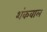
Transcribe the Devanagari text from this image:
शंकवाल